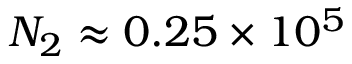
N _ { 2 } \approx 0 . 2 5 \times 1 0 ^ { 5 }